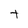
Character: t